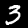
Label: 3